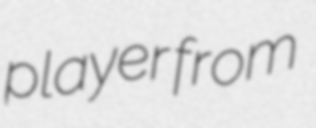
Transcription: player from